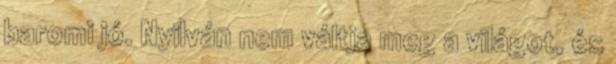
baromi jó. Nyilván nem váltja meg a világot, és